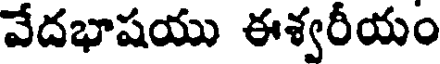
వేదభాషయు ఈశ్వరీయం